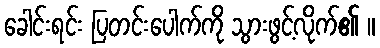
ခေါင်းရင်း ပြတင်းပေါက်ကို သွားဖွင့်လိုက်၏ ။